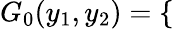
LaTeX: \begin{array}{r}{G_{0}(y_{1},y_{2})=\left\{ \begin{array}{rl}\end{array}\right.}\end{array}